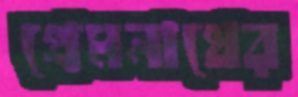
প্রেমনাথের